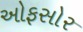
ઓફસોર